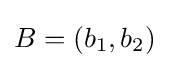
B=(b_{1},b_{2})